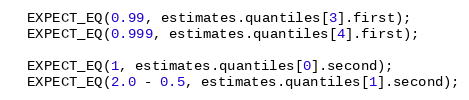
Language: C++
  EXPECT_EQ(0.99, estimates.quantiles[3].first);
  EXPECT_EQ(0.999, estimates.quantiles[4].first);

  EXPECT_EQ(1, estimates.quantiles[0].second);
  EXPECT_EQ(2.0 - 0.5, estimates.quantiles[1].second);